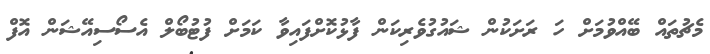
މެޗުތައް ބޭއްވުމަށް ހަ ރަށަކުން ޝައުގުވެރިކަން ފާޅުކޮށްފައިވާ ކަމަށް ފުޓުބޯލް އެސޯސިއޭޝަން އޮފް